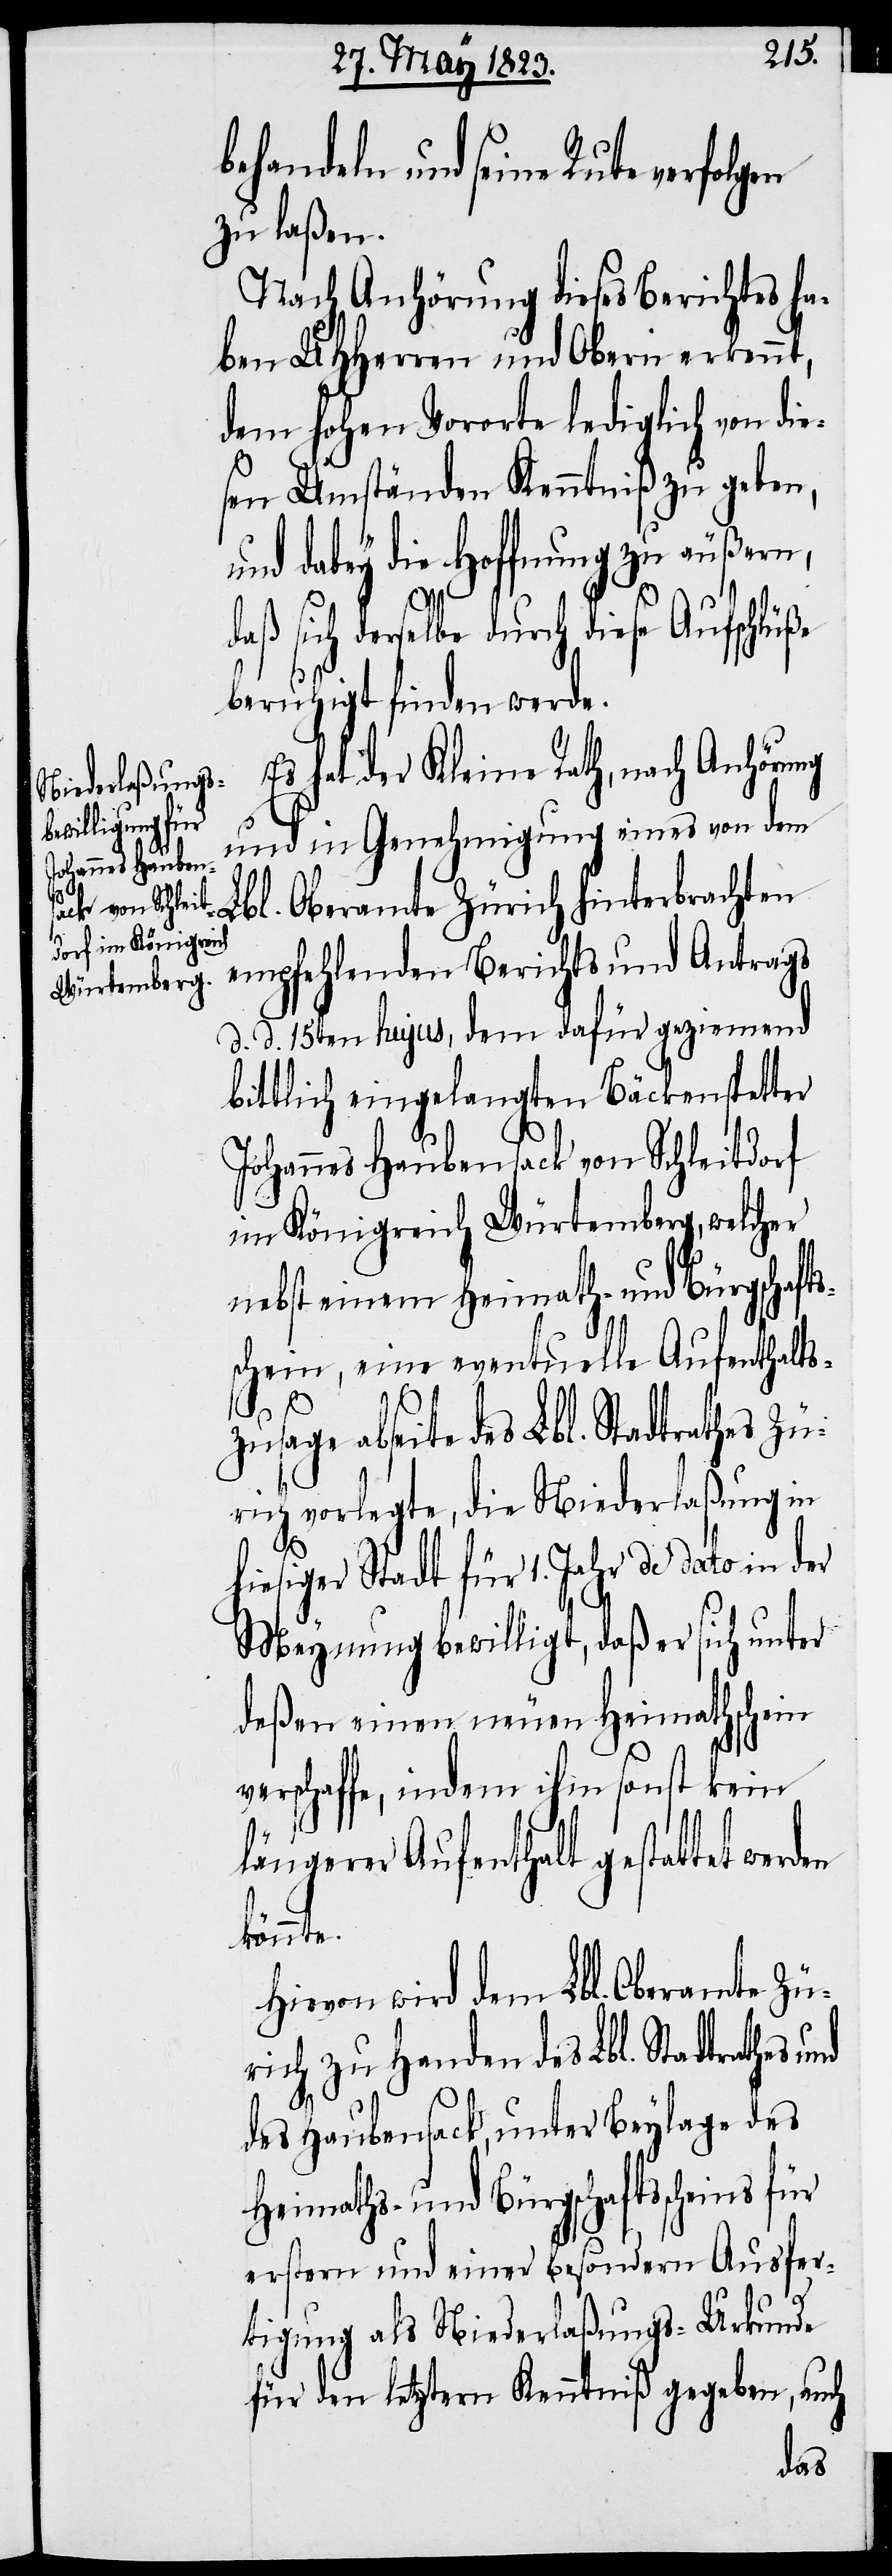
behandeln und seine Rute verfolgen
zu laßen.
Nach Anhörung dieses Berichtes ha¬
ben UHHerren und Obern erkennt,
dem hohen Vororte lediglich von die¬
sen Umständen Kenntniß zu geben,
dabey die Hoffnung zu äußern,
aß sich derselbe durch diese Aufschlüße
beruhigt finden werde.
Es hat der Kleine Rath, nach Anhörung
und in Genehmigung eines von dem
Lbl. Oberamte Zürich hinterbrachten
empfehlenden Berichts und Antrags
d. d. 15ten hujus, dem dafür geziemend
bittlich eingelangten Bäckenspetter
Johannes Haubensack von Schleitdorf
im Königreich Würtemberg, welcher
nebst einem Heimath- und Bürgschafts¬
schein, eine eventuelle Aufenthalts¬
zusage abseite des Lbl. Stadtrathes Zü¬
rich vorlegte, die Niederlaßung in
hiesiger Stadt für 1. Jahr de dato in der
Meynung bewilligt, daß er sich unter
deßen einen neuen Heimathschein
verschaffe, indem ihm sonst kein
längerer Aufenthalt gestattet
könnte.
Hievon wird dem Lbl. Oberamte Zü¬
rich zu Handen des Lbl. Stadtrathes
des Haubensack, unter Beylage des
Heimaths- und Bürgschaftsscheins
erstern und einer besondern Ausfer¬
d¬
tigung als Niederlaßungs-Urkunde
für den letztern Kenntniß gegeben, auch